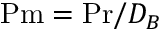
\ensuremath { \mathrm { P m } } = \ensuremath { \mathrm { P r } } / D _ { B }